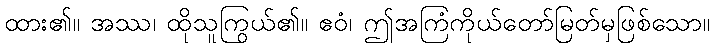
ထား၏။ အဿ၊ ထိုသူကြွယ်၏။ ဧဝံ၊ ဤအကြံကိုယ်တော်မြတ်မှဖြစ်သော။